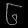
Digit: ၆